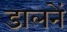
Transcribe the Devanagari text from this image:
डालनें